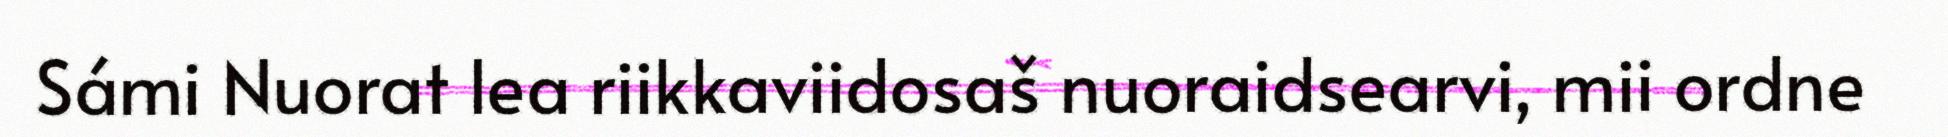
Sámi Nuorat lea riikkaviidosaš nuoraidsearvi, mii ordne